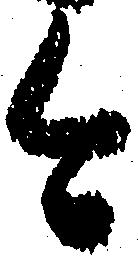
今